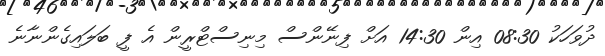
ދުވަހަކު 08:30 އިން 14:30 އަށް ފިނޭންސް މިނިސްޓްރީން އެ ފީ ބަލައިގެންނާނެ